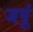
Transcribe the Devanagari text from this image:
जपूं